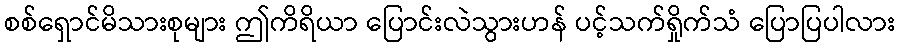
စစ်ရှောင်မိသားစုများ ဤကိရိယာ ပြောင်းလဲသွားဟန် ပင့်သက်ရှိုက်သံ ပြောပြပါလား